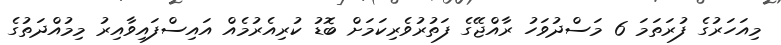
މިއަހަރުގެ ފުރަތަމަ 6 މަސްދުވަހު ރާއްޖޭގެ ފަތުރުވެރިކަމަށް ބޮޑު ކުރިއެރުމެއް އައިސްފައިވާއިރު މިމުއްދަތުގެ